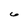
Character: 6